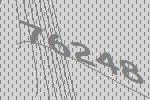
76248